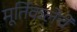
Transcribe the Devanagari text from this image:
मूर्तिकलेचे